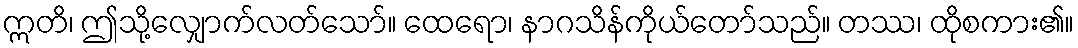
ဣတိ၊ ဤသို့လျှောက်လတ်သော်။ ထေရော၊ နာဂသိန်ကိုယ်တော်သည်။ တဿ၊ ထိုစကား၏။